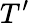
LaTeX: T^{\prime}